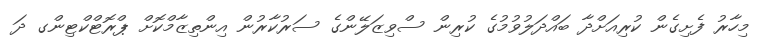
މިހާރު ފެށިގެން ކުރިއަށްދާ ބައްދަލުވުމުގެ ކުރިން ސްވިޒަލޭންގެ ސަރުކާރުން އިންތިޒާމްކޮށް ޕްރޮޓްކްޓިންގ ދަ